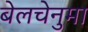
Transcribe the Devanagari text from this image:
बेलचेनुमा